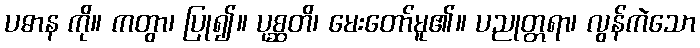
ပဓာန ကို။ ကတွာ၊ ပြု၍။ ပုစ္ဆတိ၊ မေးတော်မူ၏။ ပညုတ္တရာ၊ လွန်ကဲသော